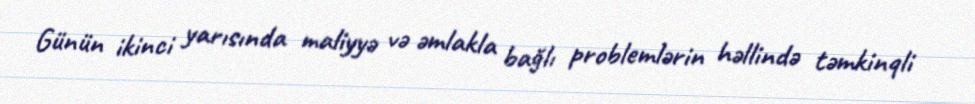
Günün ikinci yarısında maliyyə və əmlakla bağlı problemlərin həllində təmkinqli